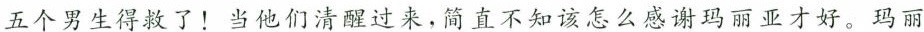
五个男生得救了！当他们清醒过来，简直不知该怎么感谢玛丽亚才好。玛丽